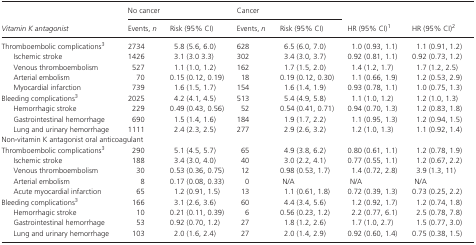
<table><thead><tr><td rowspan="2"><b><i>Vitamin K antagonist</i></b></td><td colspan="2"><b>No cancer</b></td><td colspan="2"><b>Cancer</b></td><td rowspan="2"><b>HR (95% CI)a</b></td><td rowspan="2"><b>HR (95% CI)b</b></td></tr><tr><td><b>Events, <i>n</i></b></td><td><b>Risk (95% CI)</b></td><td><b>Events, <i>n</i></b></td><td><b>Risk (95% CI)</b></td></tr></thead><tbody><tr><td>Thromboembolic complicationsc</td><td>2734</td><td>5.8 (5.6, 6.0)</td><td>628</td><td>6.5 (6.0, 7.0)</td><td>1.0 (0.93, 1.1)</td><td>1.1 (0.91, 1.2)</td></tr><tr><td>Ischemic stroke</td><td>1426</td><td>3.1 (3.0 3.3)</td><td>302</td><td>3.4 (3.0, 3.7)</td><td>0.92 (0.81, 1.1)</td><td>0.92 (0.73, 1.2)</td></tr><tr><td>Venous thromboembolism</td><td>527</td><td>1.1 (1.0, 1.2)</td><td>162</td><td>1.7 (1.5, 2.0)</td><td>1.4 (1.2, 1.7)</td><td>1.7 (1.2, 2.5)</td></tr><tr><td>Arterial embolism</td><td>70</td><td>0.15 (0.12, 0.19)</td><td>18</td><td>0.19 (0.12, 0.30)</td><td>1.1 (0.66, 1.9)</td><td>1.2 (0.53, 2.9)</td></tr><tr><td>Myocardial infarction</td><td>739</td><td>1.6 (1.5, 1.7)</td><td>154</td><td>1.6 (1.4, 1.9)</td><td>0.93 (0.78, 1.1)</td><td>1.0 (0.75, 1.3)</td></tr><tr><td>Bleeding complicationsc</td><td>2025</td><td>4.2 (4.1, 4.5)</td><td>513</td><td>5.4 (4.9, 5.8)</td><td>1.1 (1.0, 1.2)</td><td>1.2 (1.0, 1.3)</td></tr><tr><td>Hemorrhagic stroke</td><td>229</td><td>0.49 (0.43, 0.56)</td><td>52</td><td>0.54 (0.41, 0.71)</td><td>0.94 (0.70, 1.3)</td><td>1.2 (0.83, 1.8)</td></tr><tr><td>Gastrointestinal hemorrhage</td><td>690</td><td>1.5 (1.4, 1.6)</td><td>184</td><td>1.9 (1.7, 2.2)</td><td>1.1 (0.95, 1.3)</td><td>1.2 (0.94, 1.5)</td></tr><tr><td>Lung and urinary hemorrhage</td><td>1111</td><td>2.4 (2.3, 2.5)</td><td>277</td><td>2.9 (2.6, 3.2)</td><td>1.2 (1.0, 1.3)</td><td>1.1 (0.92, 1.4)</td></tr><tr><td colspan="7">Non‐vitamin K antagonist oral anticoagulant</td></tr><tr><td>Thromboembolic complicationsc</td><td>290</td><td>5.1 (4.5, 5.7)</td><td>65</td><td>4.9 (3.8, 6.2)</td><td>0.80 (0.61, 1.1)</td><td>1.2 (0.78, 1.9)</td></tr><tr><td>Ischemic stroke</td><td>188</td><td>3.4 (3.0, 4.0)</td><td>40</td><td>3.0 (2.2, 4.1)</td><td>0.77 (0.55, 1.1)</td><td>1.2 (0.67, 2.2)</td></tr><tr><td>Venous thromboembolism</td><td>30</td><td>0.53 (0.36, 0.75)</td><td>12</td><td>0.98 (0.53, 1.7)</td><td>1.4 (0.72, 2.8)</td><td>3.9 (1.3, 11)</td></tr><tr><td>Arterial embolism</td><td>8</td><td>0.17 (0.08, 0.33)</td><td>0</td><td>N/A</td><td>N/A</td><td>N/A</td></tr><tr><td>Acute myocardial infarction</td><td>65</td><td>1.2 (0.91, 1.5)</td><td>13</td><td>1.1 (0.61, 1.8)</td><td>0.72 (0.39, 1.3)</td><td>0.73 (0.25, 2.2)</td></tr><tr><td>Bleeding complicationsc</td><td>166</td><td>3.1 (2.6, 3.6)</td><td>60</td><td>4.4 (3.4, 5.6)</td><td>1.2 (0.92, 1.7)</td><td>1.2 (0.74, 1.8)</td></tr><tr><td>Hemorrhagic stroke</td><td>10</td><td>0.21 (0.11, 0.39)</td><td>6</td><td>0.56 (0.23, 1.2)</td><td>2.2 (0.77, 6.1)</td><td>2.5 (0.78, 7.8)</td></tr><tr><td>Gastrointestinal hemorrhage</td><td>53</td><td>0.92 (0.70, 1.2)</td><td>27</td><td>1.8 (1.2, 2.6)</td><td>1.7 (1.0, 2.7)</td><td>1.5 (0.77, 3.0)</td></tr><tr><td>Lung and urinary hemorrhage</td><td>103</td><td>2.0 (1.6, 2.4)</td><td>27</td><td>2.0 (1.4, 2.9)</td><td>0.92 (0.60, 1.4)</td><td>0.75 (0.38, 1.5)</td></tr></tbody></table>